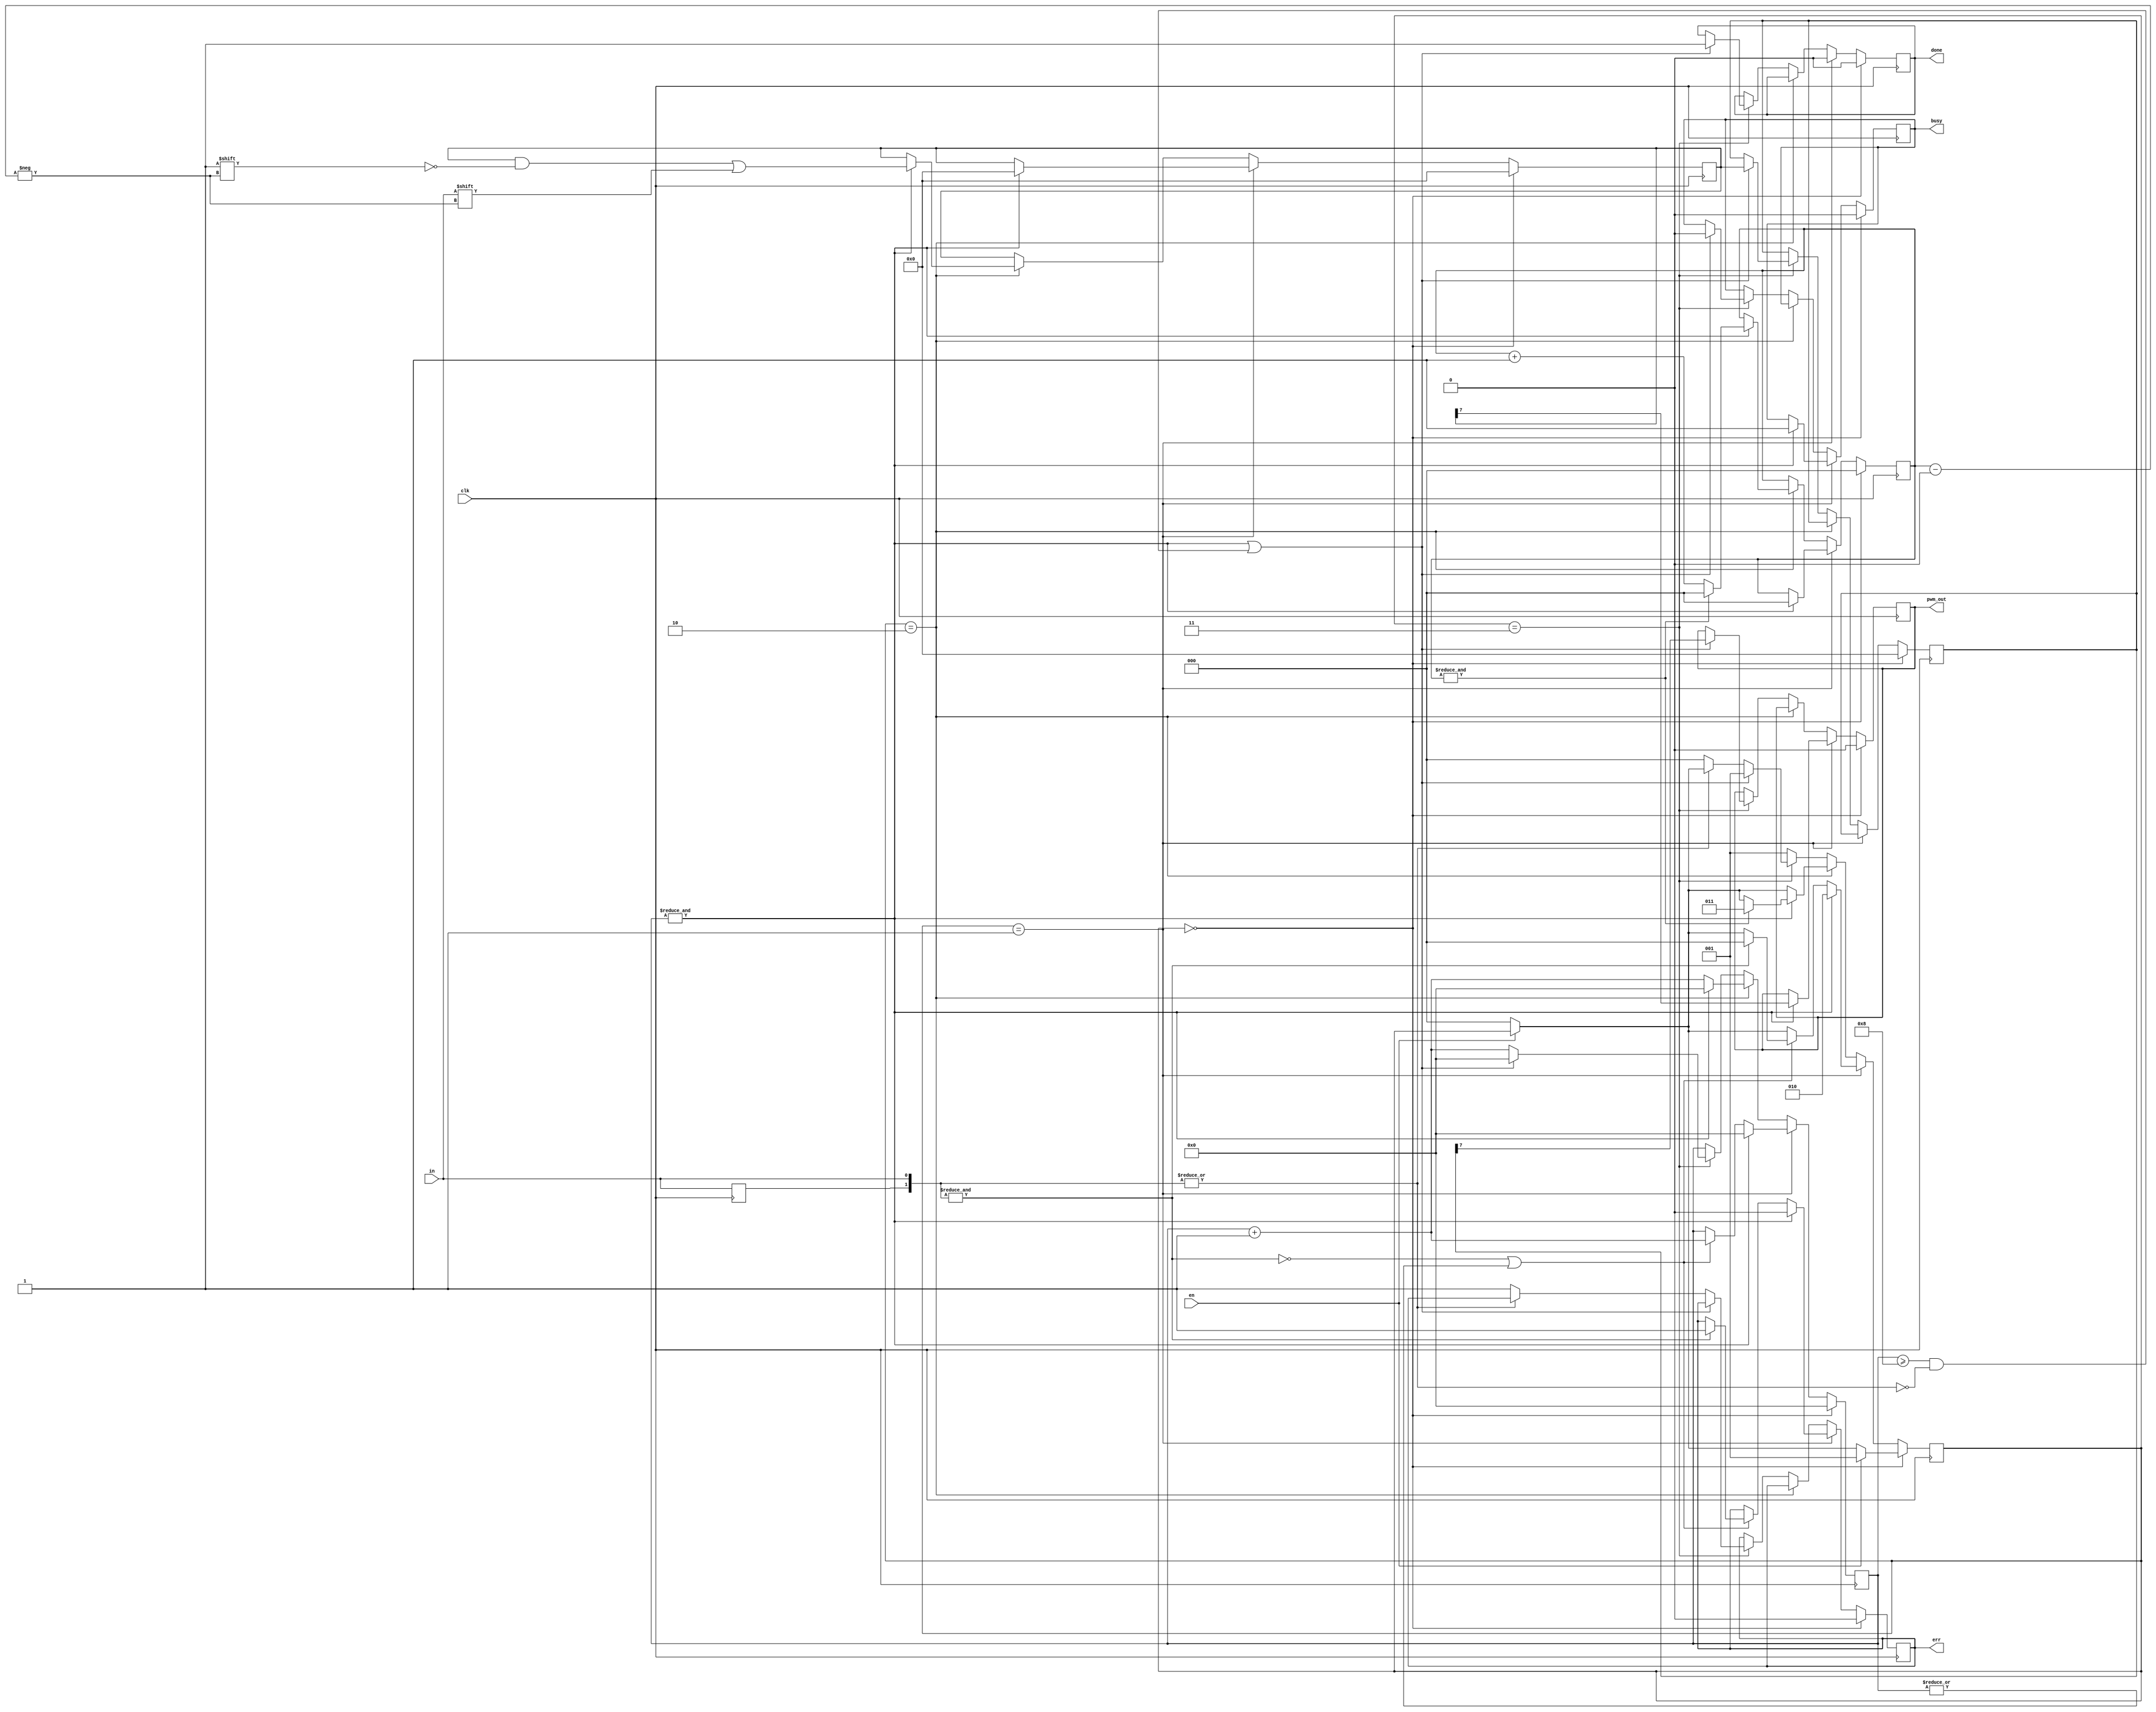
`timescale 1ns / 1ps
//////////////////////////////////////////////////////////////////////////////////
// Company: 
// Engineer: 
// 
// Design Name: 
// Module Name: Uart8Receiver
// Project Name: 
// Target Devices: 
// Tool Versions: 
// Description: 
// 
// Dependencies: 
// 
// Revision:
// Revision 0.01 - File Created
// Additional Comments:
// 
//////////////////////////////////////////////////////////////////////////////////


module Uart8Receiver (
    input  wire       clk,  // baud rate
    input  wire       en,
    input  wire       in,   // rx
    output reg        pwm_out, // PWM output
    output reg        done, // end on transaction
    output reg        busy, // transaction is in process
    output reg        err   // error while receiving data
);

    // states of state machine
    reg [1:0] RESET = 2'b00;
    reg [1:0] IDLE = 2'b01;
    reg [1:0] DATA_BITS = 2'b10;
    reg [1:0] STOP_BIT = 2'b11;

    reg [2:0] state;
    reg [2:0] bitIdx = 3'b0; // for 8-bit data
    reg [1:0] inputSw = 2'b0; // shift reg for input signal state
    reg [3:0] clockCount = 4'b0; // count clocks for 16x oversample
    reg [7:0] receivedData = 8'b0; // temporary storage for input data
    reg [7:0] heldData; // hold received data until the next start bit

    initial begin
        pwm_out <= 1'b0;
        err <= 1'b0;
        done <= 1'b0;
        busy <= 1'b0;
    end

    always @(posedge clk) begin
        inputSw = { inputSw[0], in };

        if (!en) begin
            state <= RESET;
        end

        case (state)
            RESET: begin
                pwm_out <= 1'b0;
                err <= 1'b0;
                done <= 1'b0;
                busy <= 1'b0;
                bitIdx <= 3'b0;
                clockCount <= 4'b0;
                receivedData <= 8'b0;
                heldData <= 8'b0;
                if (en) begin
                    state <= IDLE;
                end
            end

            IDLE: begin
                done <= 1'b0;
                if (&clockCount) begin
                    state <= DATA_BITS;
                    pwm_out <= receivedData[7]; // Convert MSB of received data to PWM
                    bitIdx <= 3'b0;
                    clockCount <= 4'b0;
                    receivedData <= 8'b0;
                    busy <= 1'b1;
                    err <= 1'b0;
                end else if (!(&inputSw) || |clockCount) begin
                    // Check bit to make sure it's still low
                    if (&inputSw) begin
                        err <= 1'b1;
                        state <= RESET;
                    end
                    clockCount <= clockCount + 4'b1;
                end
            end

            // Wait 8 full cycles to receive serial data
            DATA_BITS: begin
                if (&clockCount) begin // save one bit of received data
                    clockCount <= 4'b0;
                    // TODO: check the most popular value
                    receivedData[bitIdx] <= inputSw[0];
                    if (&bitIdx) begin
                        bitIdx <= 3'b0;
                        state <= STOP_BIT;
                    end else begin
                        bitIdx <= bitIdx + 3'b1;
                    end
                end else begin
                    clockCount <= clockCount + 4'b1;
                end
            end

            /*
            * Baud clock may not be running at exactly the same rate as the
            * transmitter. Next start bit is allowed on at least half of stop bit.
            */
            STOP_BIT: begin
                if (&clockCount || (clockCount >= 4'h8 && !(|inputSw))) begin
                    state <= IDLE;
                    done <= 1'b1;
                    busy <= 1'b0;
                    pwm_out <= heldData[7]; // Convert MSB of held data to PWM
                    heldData <= receivedData; // Store received data to hold for next iteration
                    clockCount <= 4'b0;
                end else begin
                    clockCount <= clockCount + 1;
                    // Check bit to make sure it's still high
                    if (!(|inputSw)) begin
                        err <= 1'b1;
                        state <= RESET;
                    end
                end
            end

            default: state <= IDLE;
        endcase
    end

endmodule